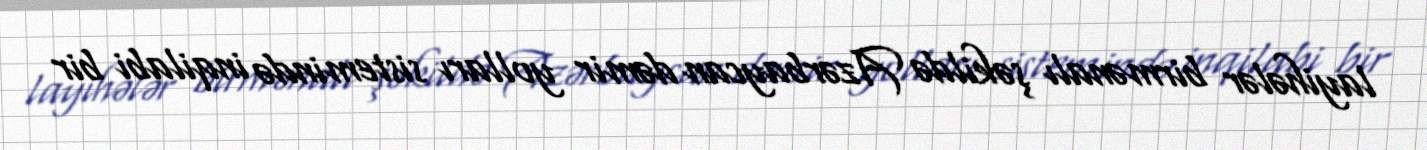
layihələr birmənalı şəkildə Azərbaycan dəmir yolları sistemində inqilabi bir